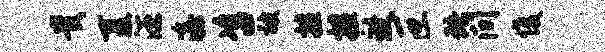
贵夏汪澹咨被擅擅致叵珞间愎